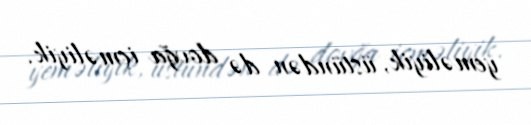
yeməliyik, üstündən də dovğa içməliyik.